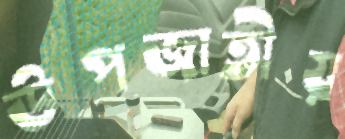
উপজাতীয়